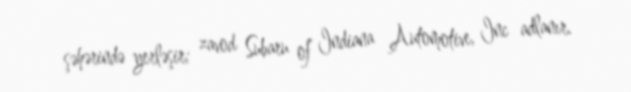
şəhərində yerləşir; zavod Subaru of Indiana Automotive, Inc adlanır.